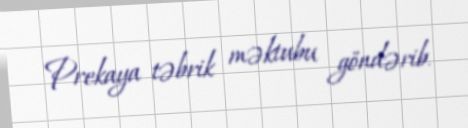
Prekaya təbrik məktubu göndərib.